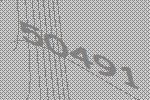
50491